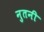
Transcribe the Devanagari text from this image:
नुतनी